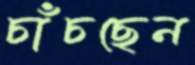
চাঁচছেন